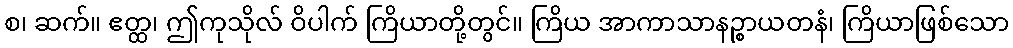
စ၊ ဆက်။ ဧတ္ထ၊ ဤကုသိုလ် ဝိပါက် ကြိယာတို့တွင်။ ကြိယ အာကာသာနဉ္စာယတနံ၊ ကြိယာဖြစ်သော